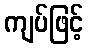
ကျပ်ဖြင့်